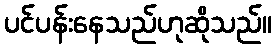
ပင်ပန်းနေသည်ဟုဆိုသည်။